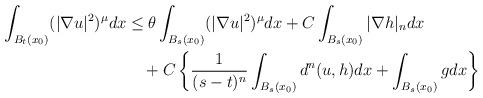
LaTeX: \begin{align*}\begin{aligned}\int_{B_{t}(x_0)}(|\nabla u|^{2})^{\mu}dx &\le\theta\int_{B_{s}(x_0)}(|\nabla u|^{2})^{\mu}dx +C\int_{B_s(x_0)}|\nabla h|_n dx\\&\quad+C\left\{ \frac{1}{(s-t)^{n}}\int_{B_{s}(x_0)}d^{n}(u,h)dx+\int_{B_{s}(x_0)}gdx\right\}\end{aligned}\end{align*}